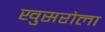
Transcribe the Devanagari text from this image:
खुसरोला